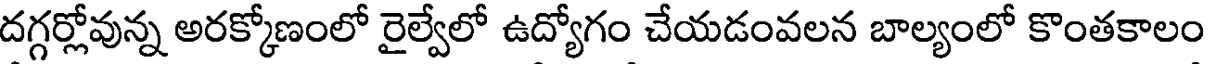
దగ్గర్లోవున్న అరక్కోణంలో రైల్వేలో ఉద్యోగం చేయడంవలన బాల్యంలో కొంతకాలం